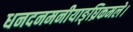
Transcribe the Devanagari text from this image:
धनदनमनीयाङ्‌घ्रिकमले।